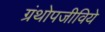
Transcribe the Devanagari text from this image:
ग्रंथोपजीविये